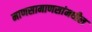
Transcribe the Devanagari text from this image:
माणसामाणसांमधील